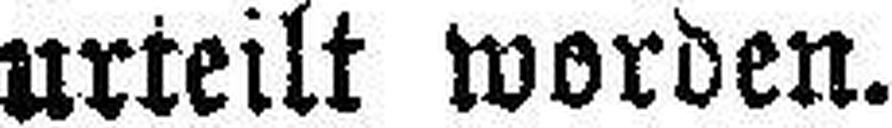
urteilt worden.